Report on sanitation, dispensaries, and jails in Rajputana for 1920, and on vaccination for the year 1920-1921 - 1920-1921
Year: 1920
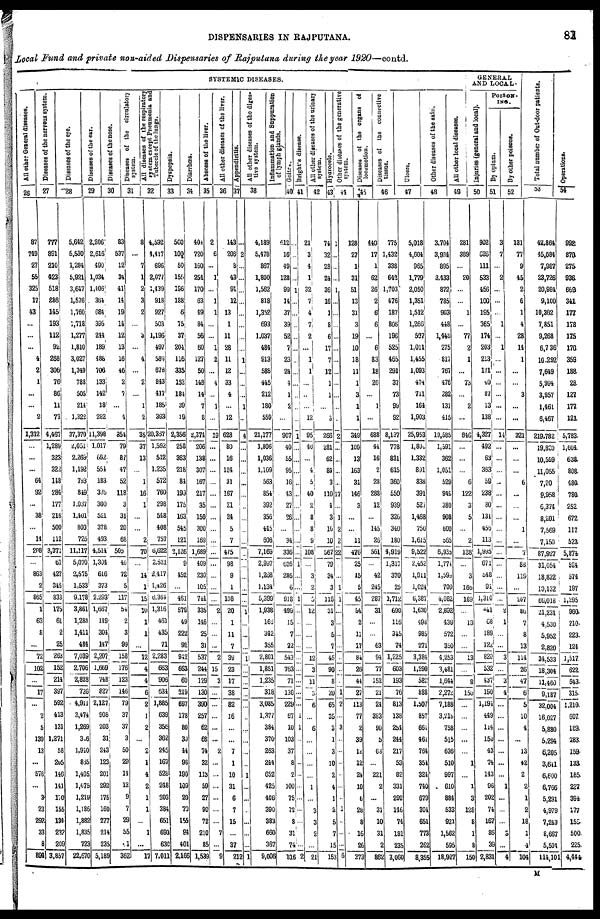
DISPENSARIES IN RAJPUTANA.
81
Local Fund and private non-aided Dispensaries of Rajputana during the year 1920—contd.
SYSTEMIC DISEASES.
All other General diseases.
26
87
749
27
55
325
17
43
...
...
...
4
2
1
...
...
2
1,312
...
...
...
64
92
...
38
...
14
208
...
863
2
865
1
63
8
...
72
102
...
17
...
2
5
139
13
...
576
...
3
23
292
33
8
894
Diseases of the nervous system.
27
777
891
210
423
518
286
145
193
112
92
268
306
76
86
11
73
4,457
1,289
323
322
148
284
177
216
500
112
3,371
61
427
345
833
175
61
2
25
263
152
214
397
592
413
131
1,271
58
205
146
141
170
155
134
232
209
3,857
Diseases of the eye.
28
5,642
5,530
1,284
5,921
3,647
1,576
1,760
1,718
1,277
1,810
3,027
1,349
788
505
214
1,322
37,370
2,051
2,269
1,192
793
849
1,037
1,401
800
725
11,117
5,070
2,575
1,533
9,178
3,861
1,283
1,411
484
7,039
2,706
2,828
726
4,911
3,474
1,269
316
1,910
865
1,405
1,675
1,219
1,186
1,882
1,835
723
22,670
Diseases of the ear.
29
2,206
2,616
490
1,034
1,406
364
684
396
244
189
488
706
133
142
18
282
11,398
1,017
692
554
183
375
300
521
378
493
4,514
1,304
616
373
2,293
1,667
149
304
147
2,207
1,669
748
827
2,127
908
203
31
243
123
201
292
175
160
277
214
235
5,189
Diseases of the nose.
30
83
537
12
34
41
14
19
14
12
13
16
46
2
7
...
4
854
79
87
47
52
118
3
31
20
68
505
40
72
5
117
54
2
3
99
158
176
123
146
79
37
37
3
50
29
14
12
9
7
29
55
1
362
Diseases of the circulatory
system.
31
8
...
7
1
2
3
2
...
3
...
4
...
2
...
1
2
35
37
13
...
1
16
1
...
...
2
70
...
14
1
15
10
1
1
...
12
4
4
6
2
1
2
...
2
1
4
2
1
1
...
1
...
17
All diseases of the respiratory
system except Pneumonia and
Tubercle of the lungs.
32
4,592
4,417
696
2,077
1,439
918
927
503
1,196
497
589
678
843
417
185
393
20,367
1,592
512
1,235
572
760
298
548
408
757
6,622
2,521
2,417
l,426
6,364
1,316
461
435
71
2,283
663
906
634
1,885
639
356
362
245
167
528
248
203
384
651
693
630
7,011
Dyspepsia.
33
500
100
50
156
186
188
6
75
37
204
116
335
152
184
39
19
2,356
258
363
218
84
199
175
163
545
121
2,126
9
452
...
461
579
49
222
92
942
663
69
219
697
178
80
30
44
98
190
109
20
70
155
81
401
2,166
Diarrhœa.
34
404
720
160
254
170
63
49
84
56
60
127
50
148
14
7
8
2,374
206
138
307
167
217
35
150
300
169
1,689
409
230
105
744
335
146
25
31
537
244
129
130
390
257
62
68
74
32
113
59
27
90
72
210
85
1,539
Abscess of the liver.
35
2
6
...
1
...
1
1
...
...
1
2
...
4
...
1
...
19
...
...
...
...
...
...
...
...
...
...
...
...
...
...
2
...
...
...
2
15
3
...
...
...
...
...
2
...
...
...
...
...
...
7
...
9
All other diseases of the liver.
36
143
206
8
43
91
12
13
1
11
28
11
12
33
4
...
12
628
80
16
124
31
167
21
24
5
7
475
98
9
1
108
20
1
11
7
39
23
17
38
82
16
...
...
7
1
10
31
6
7
15
...
37
212
Appendicitis.
37
...
2
...
...
...
...
...
...
...
...
1
...
...
...
1
..
4
...
...
...
...
...
..
...
...
...
...
...
...
...
...
1
...
...
...
1
...
...
...
...
..
...
...
...
...
1
...
...
..
...
...
...
1
All other diseases of the diges-
tive system.
38
4,189
5,478
867
1,800
1,562
818
1,352
693
1,037
484
913
588
445
212
180
559
21,177
1,806
1,036
1,109
563
854
392
356
445
608
7,169
2,997
1,268
1,134
5,399
1,938
168
342
355
2,801
1,851
1,235
318
3,085
1,377
384
370
263
244
652
425
406
390
383
660
367
9,006
Inflammation and Suppuration
of lymph glands.
39
412
16
49
128
99
14
37
39
52
7
23
24
4
1
2
...
907
40
55
95
16
43
27
26
...
34
336
626
286
6
918
499
15
7
22
543
763
71
130
229
67
10
103
37
8
2
100
75
72
8
31
74
816
Goitre.
40
...
..
..
...
1
...
...
..
...
...
..
...
...
..
..
...
1
...
...
...
..
...
...
...
...
...
...
1
...
...
1
...
..
...
...
...
...
...
...
...
1
1
...
...
...
...
...
...
...
...
2
Bright's disease.
41
21
3
4
1
32
7
4
7
2
...
1
1
...
..
...
12
95
40
...
4
5
40
2
8
8
9
108
...
3
2
5
12
...
...
...
12
3
11
3
6
...
6
...
...
...
...
1
...
3
3
2
...
21
All other diseases of the urinary
system.
42
74
32
23
24
36
16
1
8
6
17
7
12
1
1
...
3
266
281
62
84
3
110
4
3
10
10
567
79
34
3
116
31
3
5
7
48
90
8
20
65
35
3
1
3
10
2
4
1
2
5
7
15
153
Hydrocele
43
1
...
...
...
1
...
...
...
...
...
...
...
...
...
...
...
2
...
...
...
...
17
...
1
2
2
22
.
...
1
1
...
...
...
...
..
..
...
1
2
...
3
...
...
..
..
...
..
1
...
...
...
6
Other diseases of the generative
44
128
27
1
31
51
13
31
3
19
10
18
11
1
3
1
1
349
109
13
163
31
146
3
...
...
11
476
25
15
5
45
54
2
11
17
84
26
44
27
113
77
2
39
12
12
24
10
6
28
8
16
26
373
Diseases of the organs of
locomotion.
45
440
17
1
62
26
2
6
6
...
6
83
18
20
...
1
...
688
44
16
2
28
288
12
...
145
26
561
...
42
245
287
31
...
...
63
94
77
152
21
24
383
90
5
63
...
221
2
...
31
10
31
2
862
Diseases of the connective
tissue.
46
775
1,432
338
642
1,703
476
187
806
196
525
465
291
37
73
99
92
8,137
778
831
615
360
550
939
326
340
180
4,919
1,317
370
25
1,712
690
116
345
74
1,225
603
193
76
813
138
254
244
217
53
82
331
292
146
74
181
235
3,060
Ulcers.
47
5,018
4,604
965
1,779
2,050
1,351
1,512
1,266
507
1,011
1,455
1,093
474
711
164
1,903
25,953
1,800
1,332
801
838
391
527
1,468
750
1,615
9,522
2,452
1,911
1,024
6,387
1,630
498
985
271
3,384
1,290
582
888
1,507
857
661
461
764
354
324
740
679
304
651
773
262
8,355
Other diseases of the skin.
48
3,704
3,934
895
3,433
872
785
903
448
1,448
275
817
767
476
282
131
415
19,585
1,591
362
1,051
529
949
380
908
600
565
6,935
1,774
1,590
709
4,082
2,892
439
572
350
4,253
3,481
1,644
2,272
7,188
3,218
758
515
636
510
997
610
884
533
921
1,562
595
18,927
All other local diseases.
49
281
389
...
20
...
...
1
...
77
2
1
...
73
...
2
...
846
...
...
...
6
122
3
5
...
2
138
...
3
166
169
...
13
...
...
13
...
8
150
...
...
...
...
...
1
...
1
3
128
8
1
8
150
GENERAL
AND LOCAL.
Injuries (general and local).
50
902
626
111
533
456
100
195
365
174
203
213
171
40
87
13
138
4,327
492
63
363
59
238
80
131
456
113
1,995
671
348
91
1,310
41
68
189
122
820
532
437
190
1,194
449
114
150
43
74
143
96
202
74
167
86
39
2,831
POISON-
ING.
By opium.
51
3
7
...
2
...
...
...
1
...
1
...
...
...
...
...
...
14
...
...
...
...
...
...
...
...
...
...
...
...
...
...
2
1
...
...
3
...
3
4
...
...
...
...
...
...
...
1
...
...
...
3
...
4
By other poisons.
52
131
77
9
45
2
6
1
4
28
14
1
...
...
3
...
...
321
...
...
...
6
...
...
...
1
...
7
88
119
...
207
80
7
8
13
114
26
47
6
5
10
4
...
13
42
2
2
1
2
18
1
4
104
Total number of Out-door patients.
53
42,864
45,084
7,987
23,726
20,984
9,100
10,362
7,851
9,268
6,736
10,292
7,649
5,994
3,957
1,461
6,467
219,782
19,820
10,599
11,055
7,20
9,958
6,374
8,201
7,569
7,150
87,927
31,054
18,832
10,132
60,018
21,231
4,530
5,952
2,820
34,533
18,304
11,460
9,187
32,004
16,027
5,880
5,294
6,205
3,641
6,600
6,766
5,291
4,979
7,243
8,667
5,504
114,101
Operations.
54
992
870
275
936
669
341
177
178
175
170
359
188
28
127
177
121
5,783
1,604
638
808
480
780
252
672
117
523
5,874
524
574
197
1,295
960
210
223
124
1,517
622
643
315
1,210
607
189
883
159
133
185
227
394
177
155
500
225
4,444
M